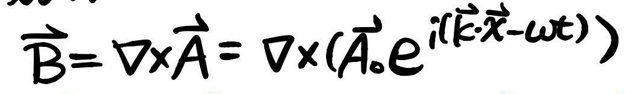
\(\vec{B} = \nabla \times \vec{A} = \nabla \times (\vec{A}_{0}e^{i(\vec{k}\cdot\vec{x}-\omega t)})\)